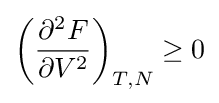
{\biggl (}{\frac {\partial ^{2}F}{\partial V^{2}}}{\biggr )}_{T,N}\geq 0